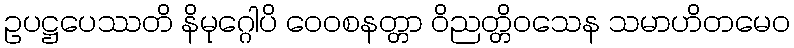
ဥပဋ္ဌပေဿတိ နိမုဂ္ဂေါပိ ဝေဝစနတ္တာ ဝိညတ္တိဝသေန သမာဟိတမေဝ